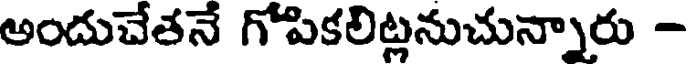
అందుచేతనే గోపికలిట్లనుచున్నారు -